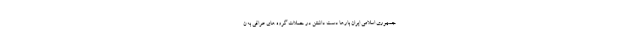
جمهوری اسلامی ایران بارها دست داشتنن در حملات گروه های عراقی به ن